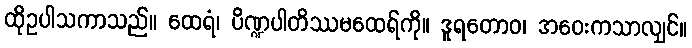
ထိုဥပါသကာသည်။ ထေရံ၊ ပိဏ္ဍပါတိဿမထေရ်ကို။ ဒူရတောဝ၊ အဝေးကသာလျှင်။